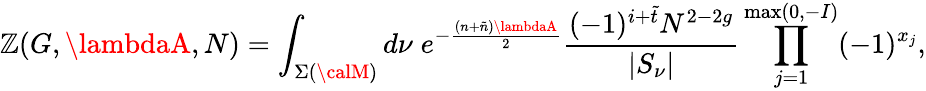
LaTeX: {\cal\mathbb{Z}}(G,\lambdaA,N)=\int_{\Sigma({\calM})}d\nu\; e^{-\frac{{(n+\tilde{{n}})\lambdaA}}{{2}}}\frac{{(-1)^{i+\tilde{{t}}}N^{2-2g}}}{{|S_{\nu}|}}\prod_{j=1}^{\operatorname*{max}(0,-I)}(-1)^{x_{j}},